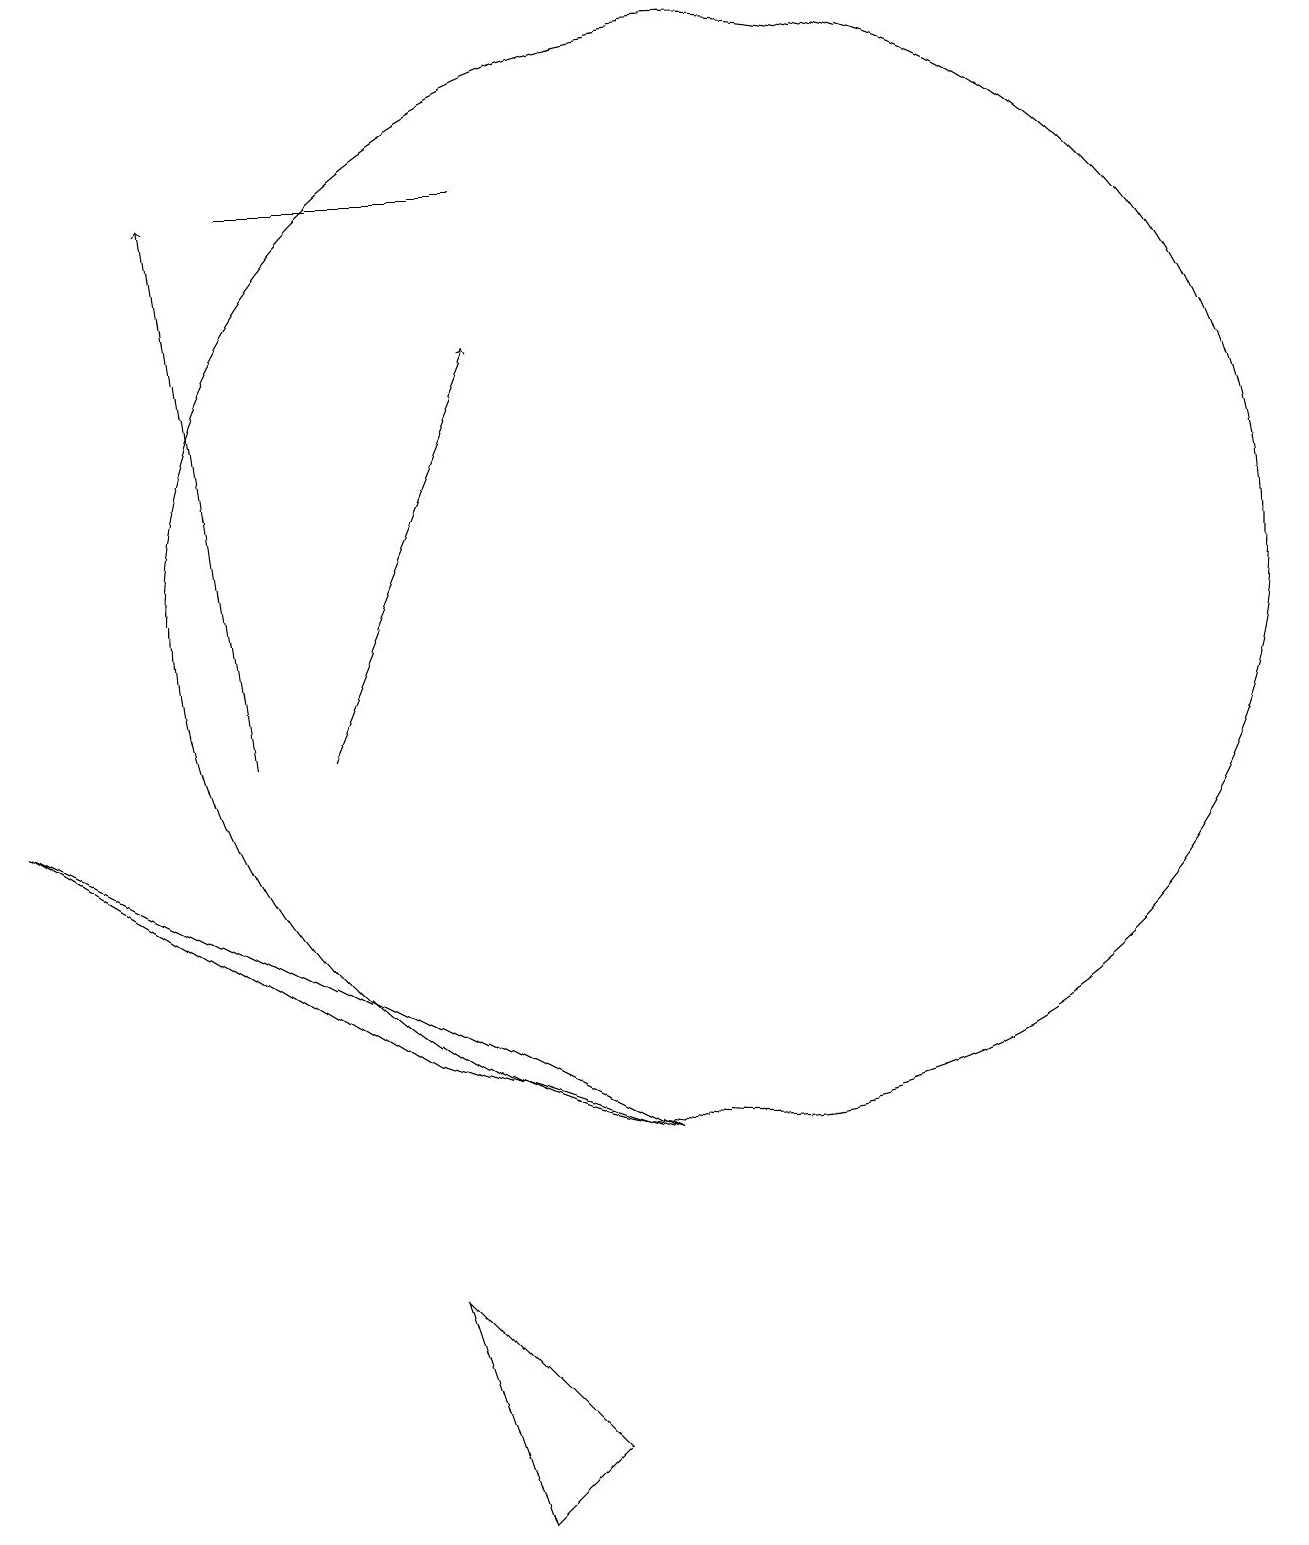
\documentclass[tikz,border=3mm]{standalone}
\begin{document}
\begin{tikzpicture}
\draw[->] (4,10) -- (3,17);
\draw (9,5) -- (1,9) -- (6,6) -- cycle;
\draw[->] (5,10) -- (7,15);
\draw (7,17) rectangle (4,17);
\draw (7,0) -- (8,1) -- (6,3) -- cycle;
\draw (10,12) circle (7);
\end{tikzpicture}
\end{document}